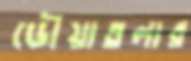
ডৌয়াতলার